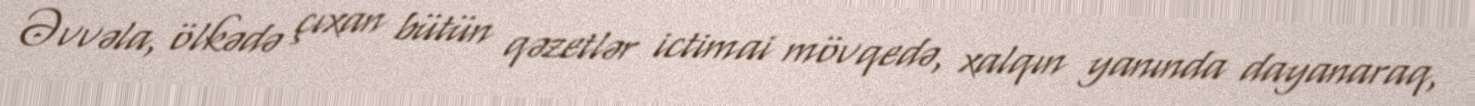
Əvvəla, ölkədə çıxan bütün qəzetlər ictimai mövqedə, xalqın yanında dayanaraq,